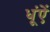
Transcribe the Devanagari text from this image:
धूंऐं